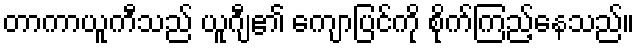
တာကာယူကီသည် ယူဂျီ၏ ကျောပြင်ကို စိုက်ကြည့်နေသည်။